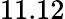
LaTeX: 11.12